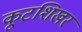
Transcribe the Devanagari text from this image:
कूटशिखर